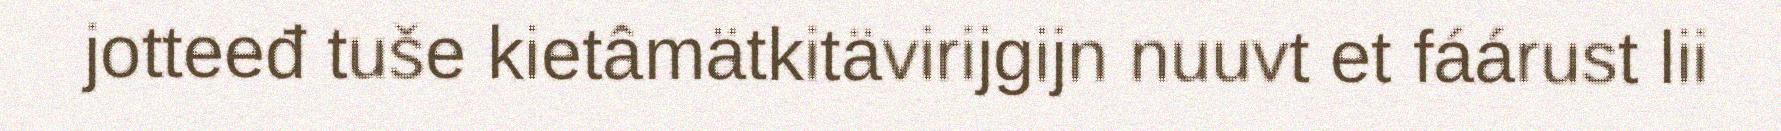
jotteeđ tuše kietâmätkitävirijgijn nuuvt et fáárust lii